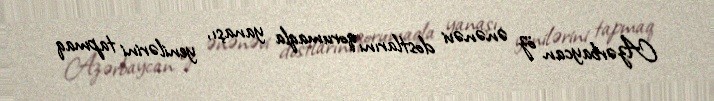
Azərbaycan öz ənənəvi dostlarını qorumaqla yanaşı, yenilərini tapmaq